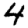
Digit: 4